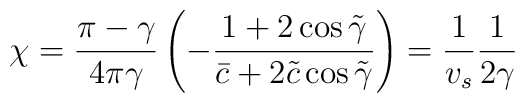
\chi = \frac{\pi-\gamma}{4\pi\gamma} \left( -\frac{1+2\cos\tilde{\gamma}}{\bar{c}+2\tilde{c}\cos\tilde{\gamma}} \right) = \frac{1}{v_s}\frac{1}{2\gamma}